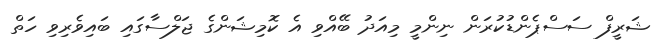
ޝަރީފް ސަސްޕެންޑުކުރަން ނިންމީ މިއަދު ބޭއްވި އެ ކޮމިޝަންގެ ޖަލްސާގައި ބައިވެރިވި ހަތް